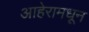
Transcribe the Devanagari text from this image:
आहेरामधून